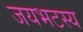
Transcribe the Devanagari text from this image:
जयभटस्य